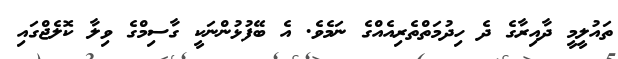
ތައުލީމީ ދާއިރާގެ ދެ ހިދުމަތްތެރިއެއްގެ ނަމެވެ. އެ ބޭފުޅުންނަކީ ގާސިމްގެ ވިލާ ކޮލެޖްގައި